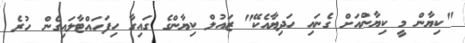
"ކިޔާން މީ ކިޔާންއަށް ގެނައި ހަދިޔާއެކޭ" ޒައުލް ކިޔާންގެ ގައިގާ ހިފަހައްޓާލައިގެން ހުރެ